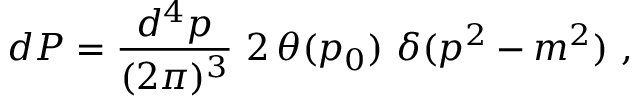
d P = { \frac { d ^ { 4 } p } { ( 2 \pi ) ^ { 3 } } } \, \, 2 \, \theta ( p _ { 0 } ) \, \, \delta ( p ^ { 2 } - m ^ { 2 } ) \ ,